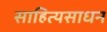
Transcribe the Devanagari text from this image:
साहित्यसाधन